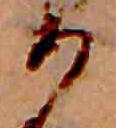
か